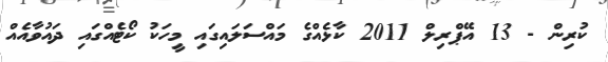
ކުރިން - 13 އޭޕްރިލް 2011 ކާޅެއްގެ މައްސަލައިގައި މީހަކު ކޯޓެއްގައި ދައުވާއެއްް